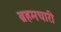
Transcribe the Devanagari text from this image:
ब्रहमचारी